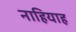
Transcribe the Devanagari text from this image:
नाहियाह